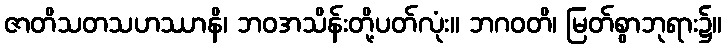
ဇာတိသတသဟဿာနိ၊ ဘဝအသိန်းတို့ပတ်လုံး။ ဘဂဝတိ၊ မြတ်စွာဘုရား၌။